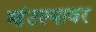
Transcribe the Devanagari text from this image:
म्हंटल्यावर